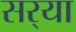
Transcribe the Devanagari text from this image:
सर्‍या